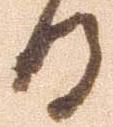
日